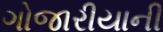
ગોજારીયાની